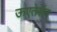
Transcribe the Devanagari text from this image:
ऊएतेर्सेन्